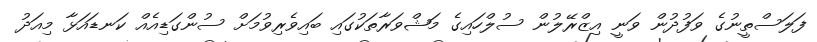
ފަލަސްތީނުގެ ވަފުދުން ވަނީ އިޒްރޭލުން ސުލްހައިގެ މަޝްވަރާތަކުގައި ބައިވެރިވުމަށް ސުންގަޑިއެއް ކަނޑައަޅާ މިއަދު